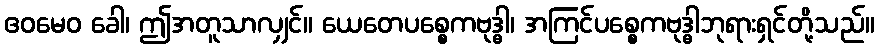
ဧဝမေဝ ခေါ၊ ဤအတူသာလျှင်။ ယေတေပစ္စေကဗုဒ္ဓါ၊ အကြင်ပစ္စေကဗုဒ္ဓါဘုရားရှင်တို့သည်။